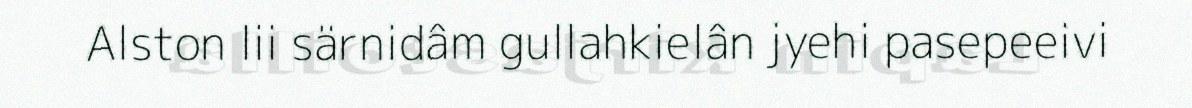
Alston lii särnidâm gullahkielân jyehi pasepeeivi